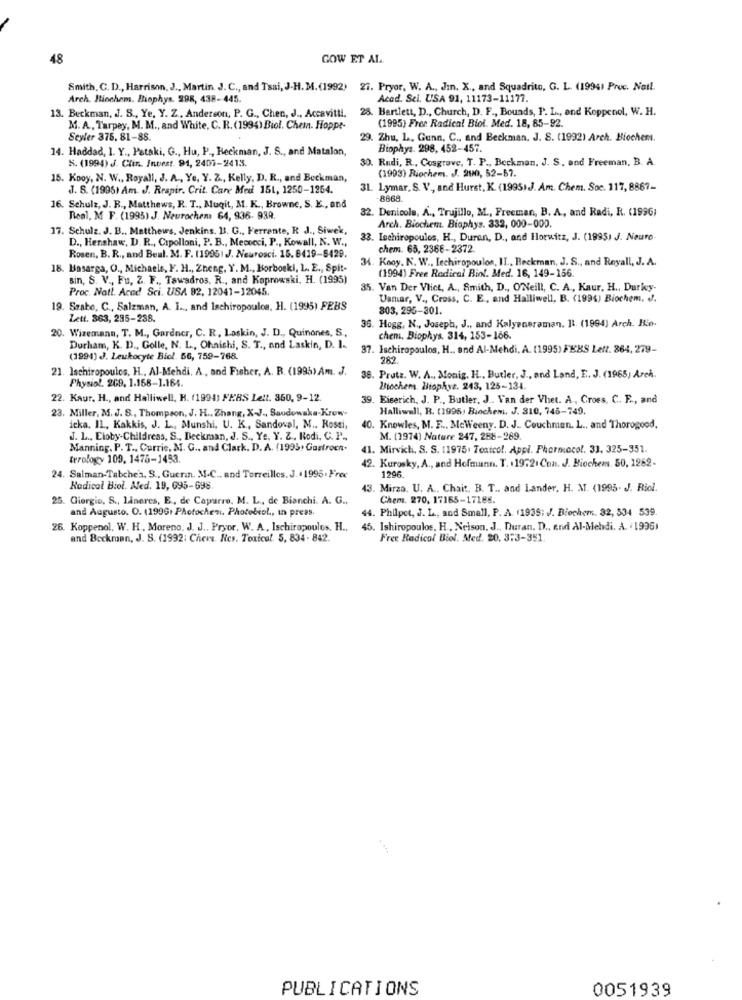
48
GOW ET AL.
Smith, C. D ., Harrison, J ., Martin. J. C ., and Tsai, J.H. M. (1992) 27. Pryor, W. A ., Jin. X ., and Squadrito, G. L. (1994) Proc. Nail.
Arch. Biochem. Biophys. 298, 438-445.
Acad. Sei. USA 91, 11173-11177.
13. Beckman, J. S ., Ye, Y. Z, Anderson, P. G ., Chen, J ., Accavitti, 28. Bartlett, D ., Church, D. F ., Bounds, P. L ., and Koppenol, W. H.
(1995) Free Radical Biol. Med. 18, 85-92.
M. A. Tarpey, M. M ., and White, C. R. (1994) Biol. Chem. Hoppe-
Seyfer 375, 81-88.
29. Zhu, L, Gunn, C ., and Beckman, J. S. (1992) Arch. Biochems.
14. Haddad, 1. Y ., Pataki, G ., Hu, P ., Heckman, J. S ., and Matalon,
Biophys. 298, 452-457.
S. (1994) J. Clin. Invest. 91, 2401-2413.
30. Rudi, R ., Cosgrove, T. P ., Beckman, J. S ., and Freeman, B. A.
(1993) Riochem. J. 200, 52-67.
15. Kooy, N. W ., Royall, J. A ., Ye, Y. Z ., Kelly, D. R ., and Beckman,
J. B. (1995) Am. J. Respir. Crit. Care Med 151, 1250-1264.
3L Lymar, S. V ., and Hurst, K. (1995)J. Am. Chem. Soc. 117, 8867-
-8868.
16. Schulz, J. B ., Matthews, R. T ., Muqit, M. K ., Browne, S. E ., and
32. Denicola, A ., Trujillo, M ., Freeman, B. A, and Radi, R. (1996)
Real, M F. (1995) J. Neurochem 64, 936- 93Q.
17. Schulz. J. B ., Matthews, Jenkins. 13. G ., Ferrante, R J ., Siwek,
Arch. Biochem. Biophys. 332, 000-000.
D ., Henshaw, D. R ., Cipolloni, P. B ., Mecocci, P ., Kowall, N. W .,
33. Lechiropoules, H ., Duran, D ., and Horwitz, J. (1995) J. Neuro-
chem. 65, 2366-2372
Rosen, B. R ., and Beul. M. F. (1995) J. Neurosci. 15. 8419-8429.
34. Kooy. N. W ., Lechiropoulos, II ., Beckman, J. S ., and Reyall, J. A.
18. Basarga, O ., Michaele, F. H ., Zheng, Y. M ., Borboski, L. E ., Spit-
(1994) Free Radical Biol. Med. 16, 149-156.
sin, S. V ., Fu, Z. F ., Tawadros. R ., and Koprowski, H. (1995)
Proc. Natt. Acad Sci. USA 82, 12041-12045.
35. Van Der Vliet, A ., Smith, D ., O'Neill, C. A ., Kaur, H ., Darkcy-
Usmar, V ., Cross, C. E ., and Halliwell, B. (1994) Biochem. ..
19. Szabo, C ., Salzman, A. I .., and Inchiropoulos, H. (1995) FEBS
803, 295-301.
Lett. 363, 295-238.
20. Wizemann, T. M ., Gardner, C. R, Laskin, J. D ., Quinones, S,
36. Hogg, N ., Joseph, J ., and Kalyeneraman. Il. (1994) Arch. Rio.
chem. Biophys. 314, 153-166.
Durham, K. D ., Golle, N. L ., Ohnishi, S. T ., and Laskin, D. 1.
37. Ischiropoulos, H ., and Al-Mehdi, A. (1995) FEBS Lett. 864, 279-
(1994) J. Leukocyte Biol. 56, 759-768.
282.
21. Ischiropoulos, H ., Al-Mehdi. A ., and Fisher, A. R. (1995) Am. J.
38. Prutz. W. A ., Monig. H ., Butler, J ., and Land, E. J. (1965, Arch.
Physiol. 209, 1.158-1.164.
Biochem Hophyt. 243, 125-134.
22. Kaur. H ., and Halliwell, H. (1994) FERS Lett. 350, 9-12.
39. Eiserich, J. P ., Butler, J .. Van der Vhet. A ., Croes, C. F ., and
23. Miller, M. J. S ., Thompson, J. H ., Zhang, X-J ., Saudowska-Krow-
Halliwell, R. (1995) Biochemi. J. 310, 745-749.
icka. IL ., Kakkis, J. L ., Munshi, U. K ., Sandoval, M .. Rossi,
40. Knowles, M. F ., MeWeeny. D. J. Couchmen. L ., and Thorogood,
J. L ., Eloby-Childress, S ., Beckman, J. S ., Ye. Y. Z ., Kodi, C. P ..
M. (2974) Nature 247, 288-289.
Manning. P. T ., Currie, M. G ., and Clark. D. A. (1995. Gastroen.
41. Mirvich. S. S. 11975. Textcol. Appl. Pharmacol. 33. 325-351.
terology 109, 1478-1453.
42. Kurosky, A ., and Hofmann. T. 1972. Con. J. Biochem. 50, 1262-
24. Salman-Tabche's, S ., Guerin. M.C .. and Torreilles. J.+1995. Free
1296.
Kodicol Biol. Aled. 19, 695-698
13. Mirza. U. A ., Chait. B. T ., and Lander, H. M. (1995. J. Riol.
25. Giorgio, S ., lineres, E, de Capurro, M. L ., de Bianchi. A. G .,
Chem. 270, 17165-17188.
and Augusto. O. (199Gr Photochen. Photobiol ., In press.
44. Philpet, J. L, and Small, P. A. (1939: J. Biochem. 32, 534 539.
26. Koppenol, W. H. Moreno. J. J ., Pryor. W. A ., Ischiropoulos. H .,
45. Ishiropoulos, H. Nelson, J ., Duran. D ., end Al-Mehdi. A. 1996)
and Beckman, J. S. (1992; Chers. Res. Toxicol. 5, 834 - 842.
Free Radical Biol. Med. 20. 3:3-381.
PUBLICATIONS
0051939